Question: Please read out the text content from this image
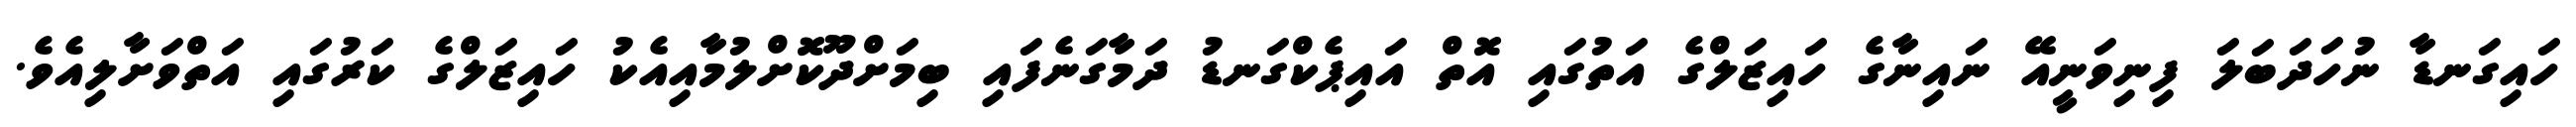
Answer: ހައިގަނޑާ ނުހަދަބަލަ ފިނިވަނީއޭ ނައިނާގެ ހައިޒަލްގެ އަތުގައި އޮތް އައިޕެކްގަނޑު ދަމާގަނެފައި ބިމަށްދޫކޮށްލުމާއިއެކު ހައިޒަލްގެ ކަރުގައި އަތްވަށާލިއެވެ.